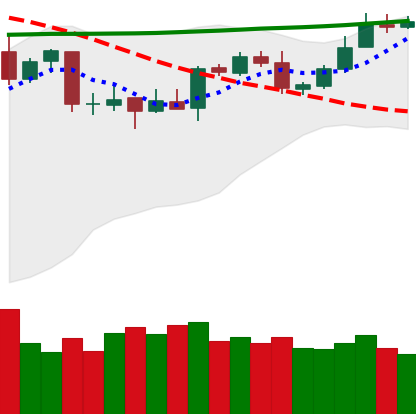
Ticker: XMR-USD
Chart end date: 2020-04-26
Forward return: 4.149%
Label: up_3_5